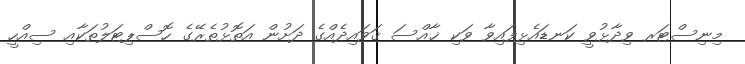
މިނިސްޓަރ ވިދާޅުވީ ކަނޑައެޅިފައިވާ ވަކި ޚާއްސަ ޤަވައިދެއްގެ ދަށުން އަތޮޅުތެރޭގެ ހޮސްޕިޓަލުތަކާއި ސިއްހީ